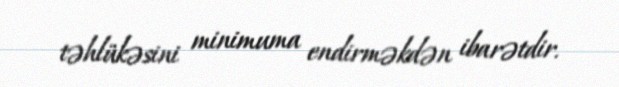
təhlükəsini minimuma endirməkdən ibarətdir.